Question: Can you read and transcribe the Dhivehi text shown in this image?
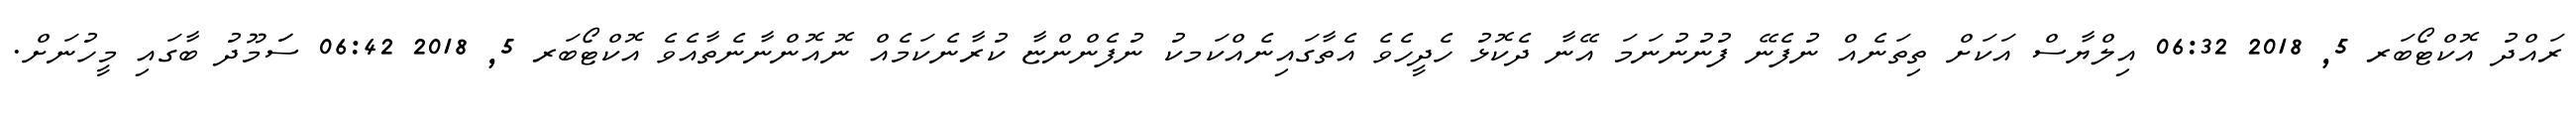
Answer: ރައްދު އޮކްޓޯބަރ 5, 2018 06:32 އިލްޔާސް އަކަށް ތިތަނެއް ނުފެނޭ ފުނުނުނަމަ އޭނާ ދެކޮޅު ހެދީހެވެ އެތާގައިނެއްކަމކު ނުފެންންޏާ ކުރާނެކަމެއް ނޮއޮންނާނެތާއެވެ އޮކްޓޯބަރ 5, 2018 06:42 ސަަމޫދު ބާގައި މީހުނަށް.